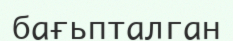
бағьпталган